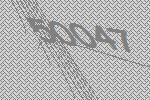
50047